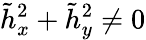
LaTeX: \tilde{h}_{x}^{2}+\tilde{h}_{y}^{2}\ne 0